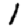
Digit: 1